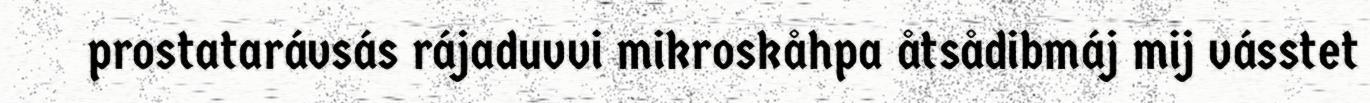
prostatarávsás rájaduvvi mikroskåhpa åtsådibmáj mij vásstet